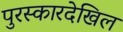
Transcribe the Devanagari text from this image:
पुरस्कारदेखिल